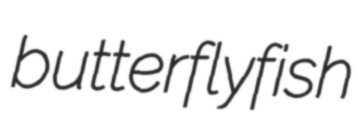
butterflyfish